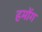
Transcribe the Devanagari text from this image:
हमोंग